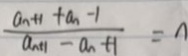
\frac { a _ { n + 1 } + a _ { n - 1 } } { a _ { n + 1 } - a _ { n } + 1 } = n